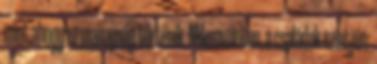
mint ahogy ez manapság történik. Mikroszinten, a családok szintjén: